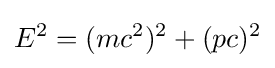
E^{2}=(mc^{2})^{2}+(pc)^{2}